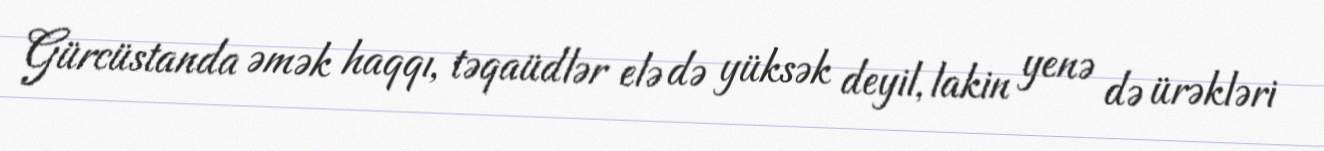
Gürcüstanda əmək haqqı, təqaüdlər elə də yüksək deyil, lakin yenə də ürəkləri